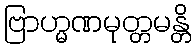
ဗြာဟ္မဏမုတ္တမန္တိ